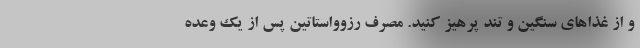
و از غذاهای سنگین و تند پرهیز کنید. مصرف رزوواستاتین پس از یک وعده